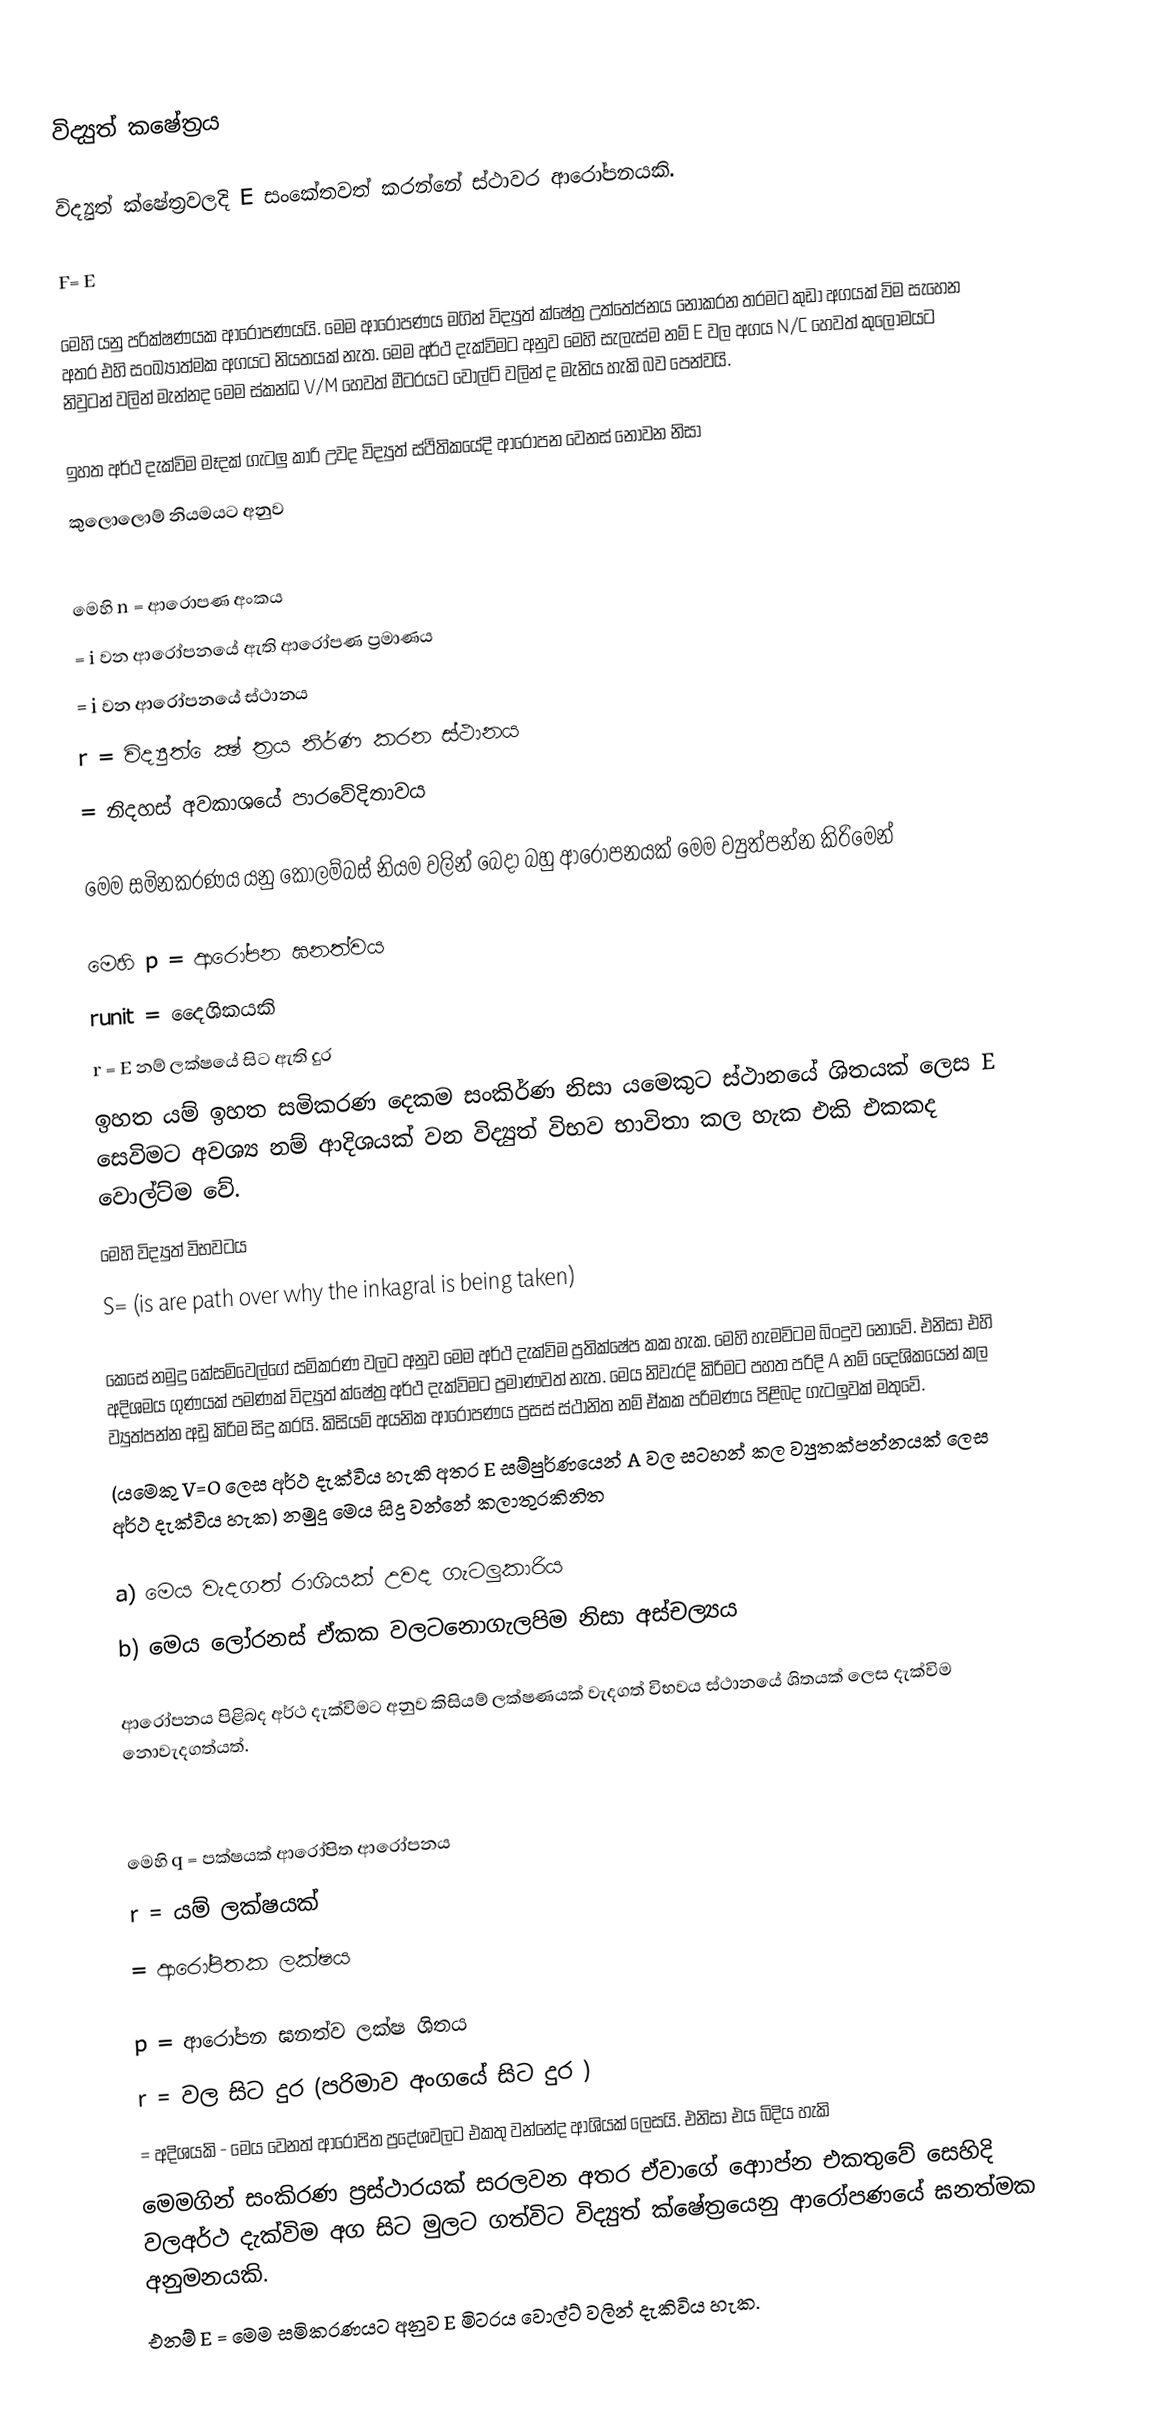
විද්‍යුත් කෂේත්‍රය

විද්‍යුත් ක්ෂේත්‍රවලදි E සංකේතවත් කරන්නේ ස්ථාවර ආරෝපනයකි.

	F=  E

මෙහි  යනු  පරික්ෂණයක ආරෝපණයයි. මෙම ආරෝපණය මගින් විද්‍යුත් ක්ෂේත්‍ර උත්තේජනය නොකරන තරමට කුඩා අගයක් විම සැහෙන අතර එහි සංඛ්‍යාත්මක අගයට නියතයක් නැත. මෙම අර්ථ දැක්විමට අනුව මෙහි සැලැස්ම නම් E වල අගය N/C හෙවත් කුලෝමයට නිවුටන් වලින් මැන්නද මෙම ස්කන්ධ V/M හෙවත් මීටරයට වොල්ට් වලින් ද මැනිය හැකි බව පෙන්වයි.

ඉහත අර්ථ දැක්විම මෑදක් ගැටලු කාරි උවද විද්‍යුත් ස්ථිතිකයේදි ආරෝපන වෙනස් නොවන නිසා
කුලොලොම් නියමයට අනුව

මෙහි n	= 	ආරොපණ අංකය
 	=	i වන ආරෝපනයේ ඇති ආරෝපණ ප්‍රමාණය
 	=	i	 වන ආරෝපනයේ ස්ථානය
r	=	විද්‍යුත් ‍ෙක්‍ෂ් ත්‍රය නිර්ණ කරන ස්ථානය
 	=	නිදහස් අවකාශයේ පාරවේදිතාවය

මෙම සමිනකරණය යනු කොලම්බස් නියම  වලින් බෙදා බහු ආරෝපනයක් මෙම ව්‍යුත්පන්න කිරිමෙන්

මෙහි p	=  	ආරෝපන ඝනත්වය
runit	=	දෛශිකයකි
r	= 	E නම් ලක්ෂයේ සිට ඇති දුර
ඉහත යම් ඉහත සමිකරණ දෙකම සංකිර්ණ නිසා යමෙකුට ස්ථානයේ ශිතයක් ලෙස E සෙවිමට අවශ්‍ය නම් ආදිශයක් වන විද්‍යුත් විභව භාවිතා කල හැක එකි එකකද වොල්ට්ම වේ.
 මෙහි   විද්‍යුත් විභවටය
S= (is are path over why the inkagral is being taken)

කෙසේ නමුදු කේසමිවෙල්ගේ සමිකරණ වලට අනුව මෙම අර්ථ දැක්විම ප්‍රතික්ෂේප කක හැක. මෙහි හැමවිටම බිංදුව නොවේ. එනිසා එහි අදිශමය ගුණයක් පමණක් විද්‍යුත් ක්ෂේත්‍ර අර්ථ දැක්විමට ප්‍රමාණවත් නැත. මෙය නිවැරදි කිරිමට පහත පරිදි  A නම් දෛශිකයෙන් කල ව්‍යුත්පන්න අඩු කිරිම සිදු කරයි. කිසියම් අයනික ආරෝපණය ප්‍රසස් ස්ථානිත නම් ඒකක පරිමණය පිළිබද ගැටලුවක් මතුවේ.
(යමෙකු V=O ලෙස අර්ථ දැක්විය හැකි අතර E සම්පුර්ණයෙන් A වල සටහන් කල ව්‍යුතක්පන්නයක් ලෙස අර්ථ දැක්විය හැක) නමුදු මෙය සිදු වන්නේ කලාතුරකිනිත

a)	මෙය වැදගත් රාශියක් උවද ගැටලුකාරිය
b)	මෙය ලෝරනස් ඒකක වලට‍නොගැලපිම නිසා අස්චල්‍යය

ආරෝපනය පිළිබද අර්ථ දැක්විමට අනුව කිසියම් ලක්ෂණයක් වැදගත් විභවය ස්ථානයේ ශිතයක් ලෙස දැක්විම නොවැදගත්යත්.

මෙහි 	q		= 	පක්ෂයක් ආරෝපිත ‍ආරෝපනය
r			=	යම් ලක්ෂයක්
 			=	ආරෝපිතක ලක්ෂය

p 			=	ආරෝපන ඝනත්ව ලක්ෂ ශිතය
r			=	වල සිට දුර (පරිමාව අංගයේ සිට දුර )
 			=	අදිශයකි - මෙය වෙනත් ආරෝපිත ප්‍රදේශවලට එකතු වන්නේද ආශියක් ලෙසයි. එනිසා එය ‍බිදිය හැකි
මෙමගින් සංකිරණ ප්‍රස්ථාරයක් සරලවන අතර ඒවාගේ ආ‍ොප්න එකතුවේ සෙහිදි වලඅර්ථ දැක්විම අග සිට මුලට ගත්විට විද්‍යුත් ක්ෂේත්‍රයෙනු ආරෝපණයේ ඝනත්මක අනුමනයකි.
එනම් E =  මෙම සමිකරණයට අනුව E මිටරය වොල්ට් වලින් දැකිවිය හැක.